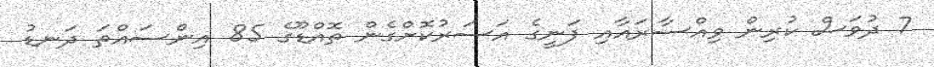
7 ދުވަަސް ކުރިން ވިއްސާރައާއި ފަނީގެ އަސަރުކޮށްގެން ތޮއްޑޫގެ 85 އިންސައްތަ ދަނޑު